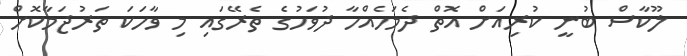
ލޫކާސް ބުނީ ކުރިއަށް އޮތް ދެމަހެއްހާ ދުވަހުގެ ތެރޭގައި މި ވާހަކަ ތަރުޖަމާކޮށް